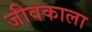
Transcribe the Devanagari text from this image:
जीवकाला